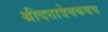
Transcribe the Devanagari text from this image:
श्रीदत्तात्रेयकवच